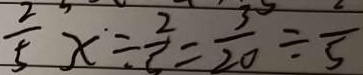
\frac { 2 } { 5 } x = \frac { 2 } { 3 } = \frac { 3 } { 2 0 } \div \frac { 2 } { 5 }